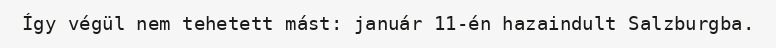
Így végül nem tehetett mást: január 11-én hazaindult Salzburgba.